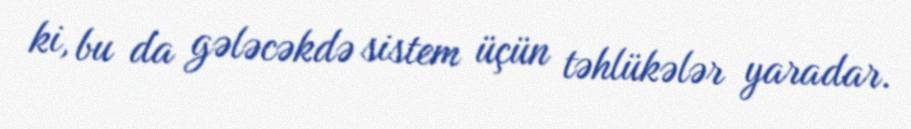
ki, bu da gələcəkdə sistem üçün təhlükələr yaradar.